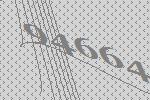
94664